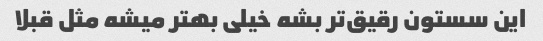
این سستون رقیق‌تر بشه خیلی بهتر میشه مثل قبلا